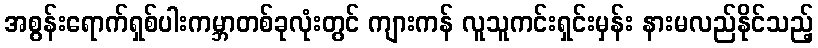
အစွန်းရောက်ရှစ်ပါးကမ္ဘာတစ်ခုလုံးတွင် ကျားကန် လူသူကင်းရှင်းမှန်း နားမလည်နိုင်သည့်